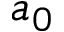
a _ { 0 }